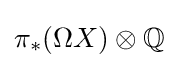
\pi _{\ast }(\Omega X)\otimes \mathbb {Q}